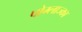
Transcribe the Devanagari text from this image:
पोम्लाज्का